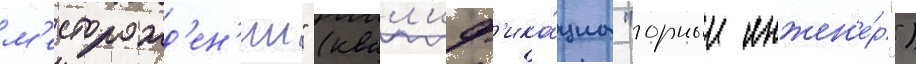
м'есторожд'ен'ии" (квал'иф'ика́циа "горныи инжен'е́р")